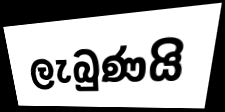
ලැබුණයි